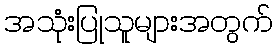
အသုံးပြုသူများအတွက်